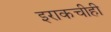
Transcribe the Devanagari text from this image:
इराकचीही